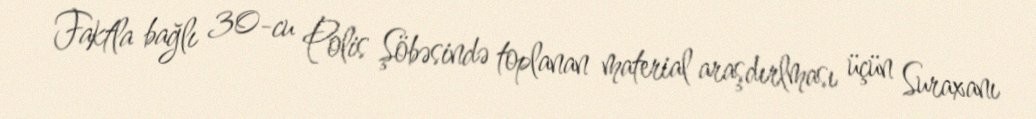
Faktla bağlı 30-cu Polis Şöbəsində toplanan material araşdırlması üçün Suraxanı